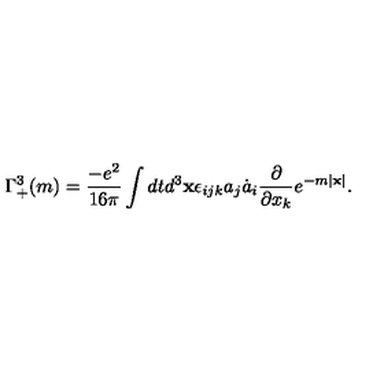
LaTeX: \Gamma _ { + } ^ { 3 } ( m ) = \frac { - e ^ { 2 } } { 1 6 \pi } \int d t d ^ { 3 } { \bf x } \epsilon _ { i j k } a _ { j } \dot { a } _ { i } \frac { \partial } { \partial x _ { k } } e ^ { - m | { \bf x } | } .